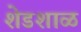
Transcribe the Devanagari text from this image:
शेडशाळ